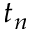
t _ { n }